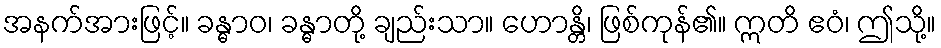
အနက်အားဖြင့်။ ခန္ဓာဝ၊ ခန္ဓာတို့ ချည်းသာ။ ဟောန္တိ၊ ဖြစ်ကုန်၏။ ဣတိ ဧဝံ၊ ဤသို့။